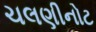
ચલણીનોટ